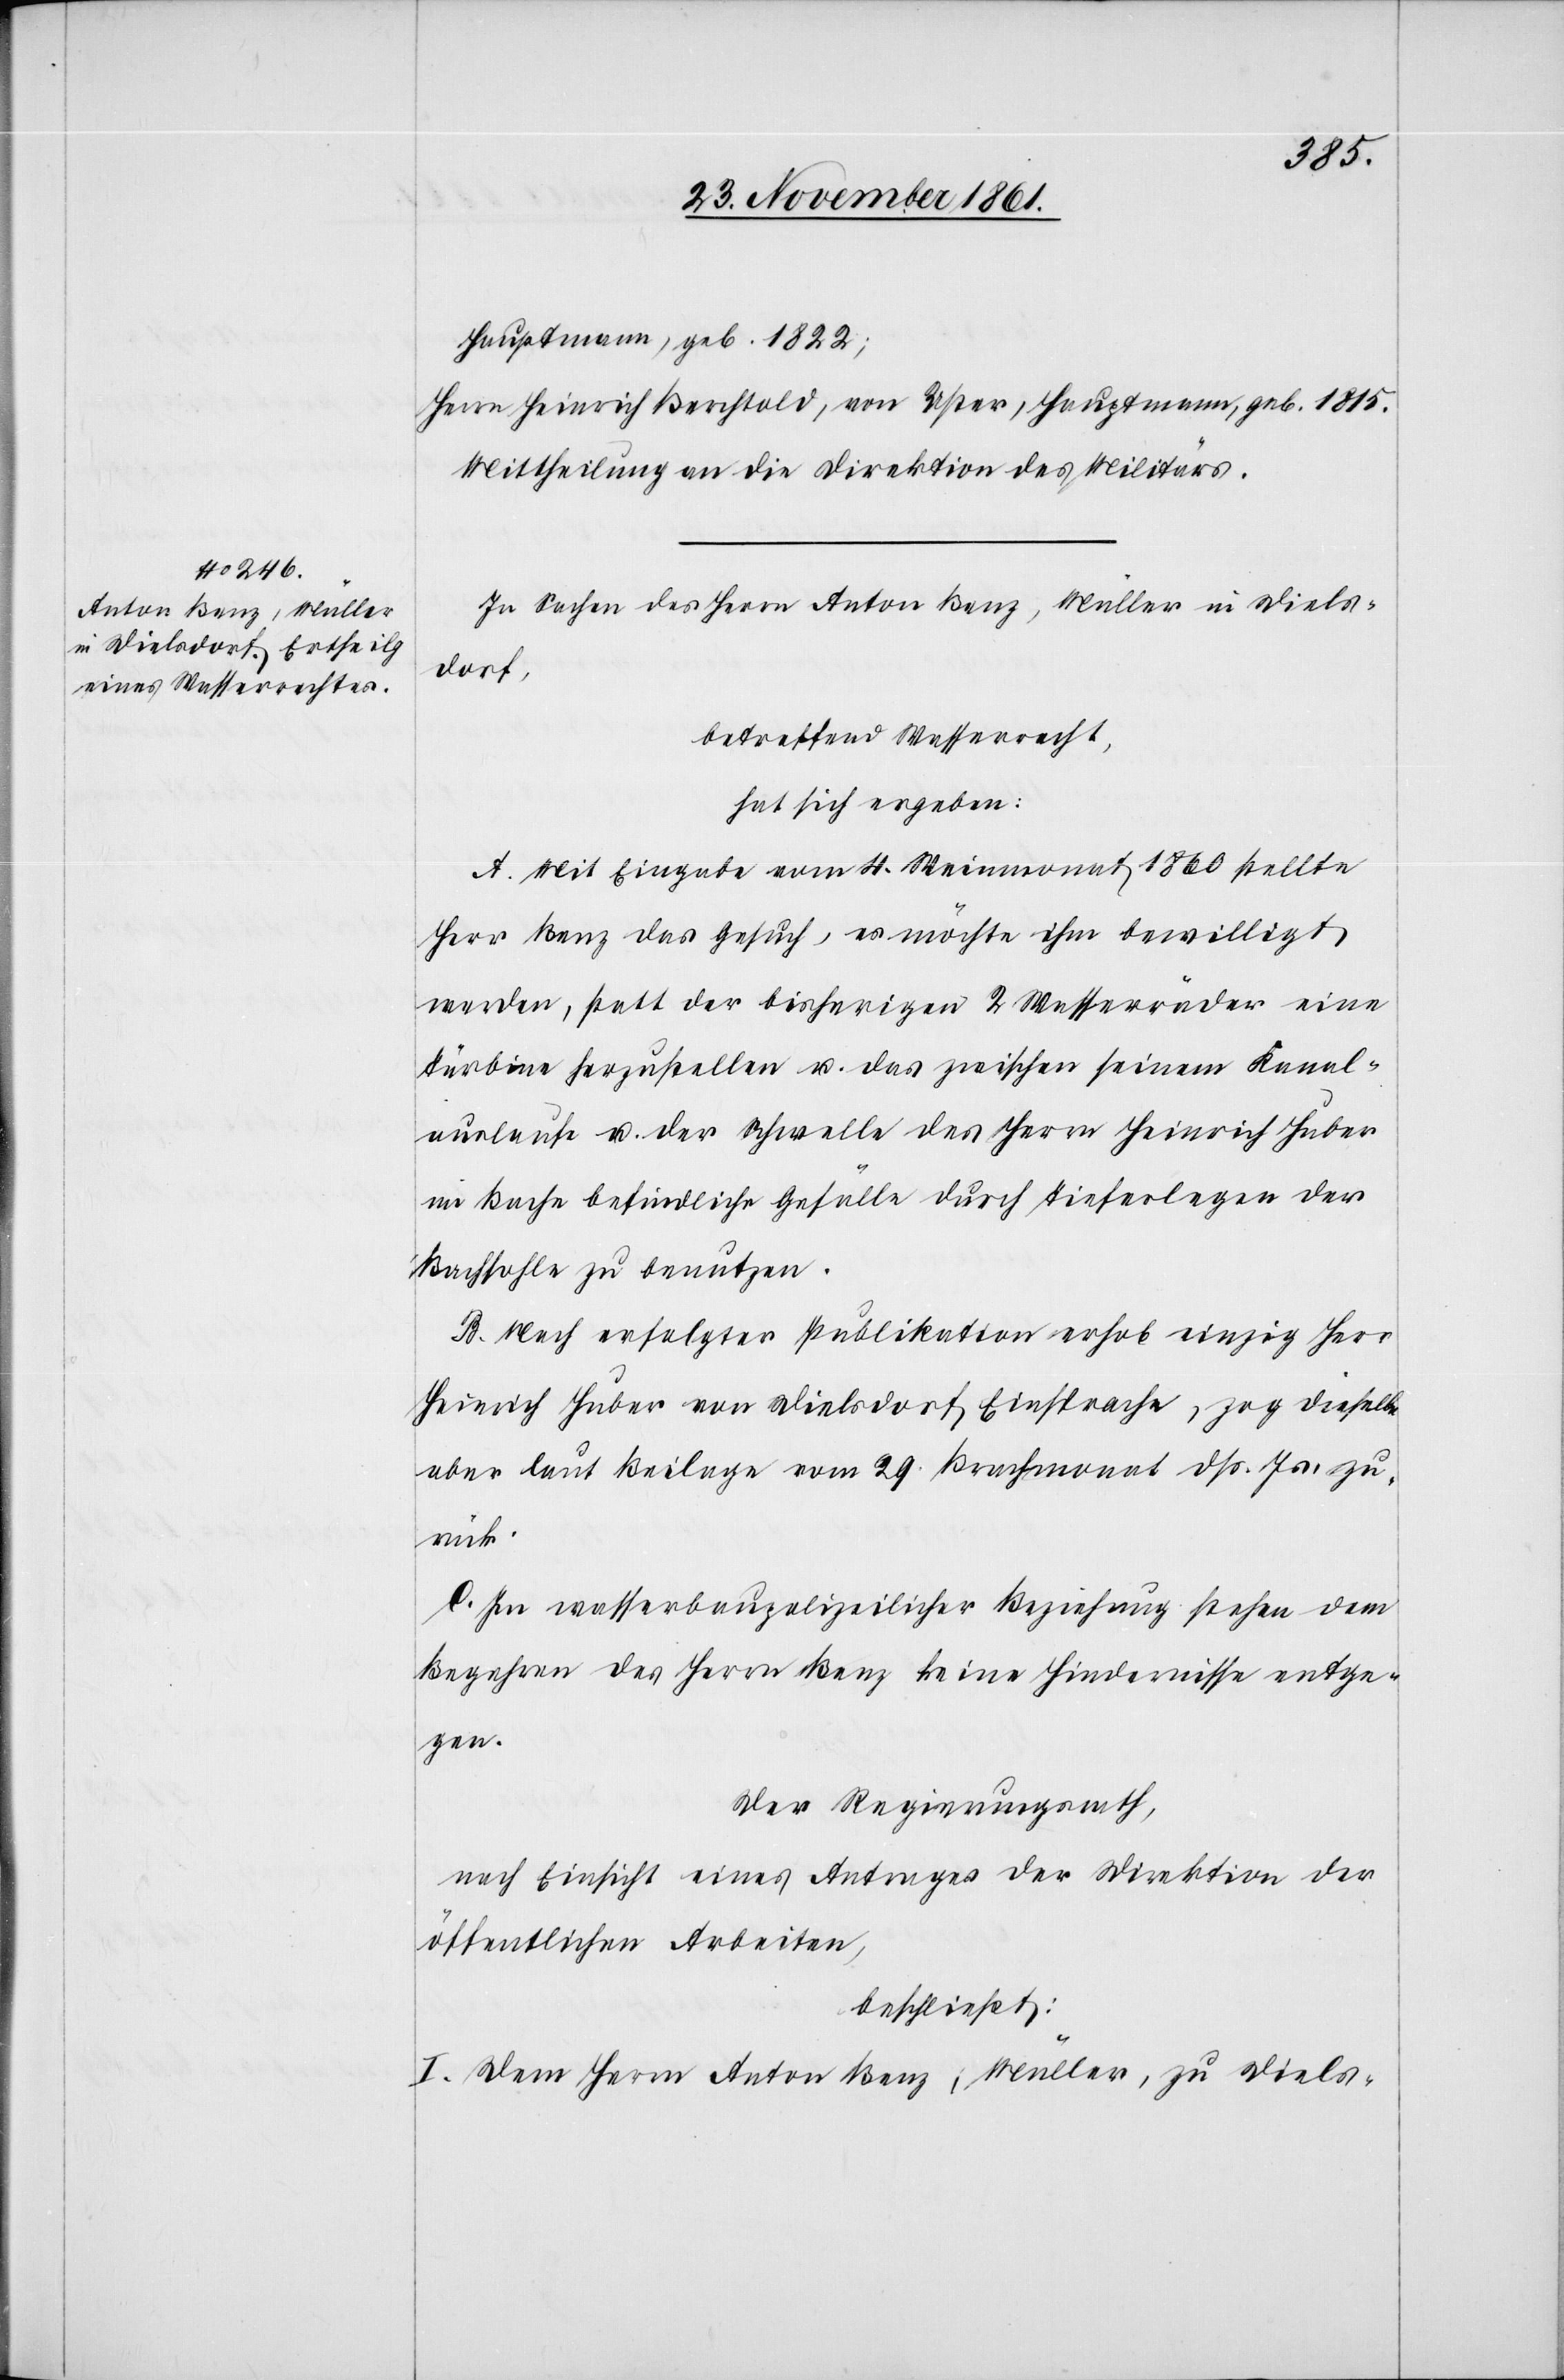
Hauptmann, geb. 1822;
Herrn Heinrich Berchtold, von Uster, Hauptmann, geb. 1815.
Mittheilung an die Direktion des Militärs.
In Sachen des Herrn Anton Benz, Müller in Diels¬
dorf,
betreffend Wasserrecht,
hat sich ergeben:
A. Mit Eingabe vom 4 Weinmonat 1860 stellte
Herr Benz das Gesuch, es möchte ihm bewilligt
werden, statt der bisherigen 2 Wasserräder eine
Turbine herzustellen u. das zwischen seinem Kanal¬
auslaufe u. der Schwelle des Herrn Heinrich Huber
im Bache befindliche Gefälle durch Tieferlegen der
Bachsohle zu benutzen.
B. Nach erfolgter Publikation erhob einzig Herr
Heinrich Huber von Dielsdorf Einsprache, zog dieselbe
aber laut Beilage vom 29 Brachmonat dß. Js. zu¬
rück.
C. In wasserbaupolizeilicher Beziehung stehen dem
Begehren des Herrn Benz keine Hindernisse entge¬
gen.
Der Regierungsrath,
nach Einsicht eines Antrages der Direktion der
öffentlichen Arbeiten,
beschließt:
I. Dem Herrn Anton Benz, Müller, zu Diels-